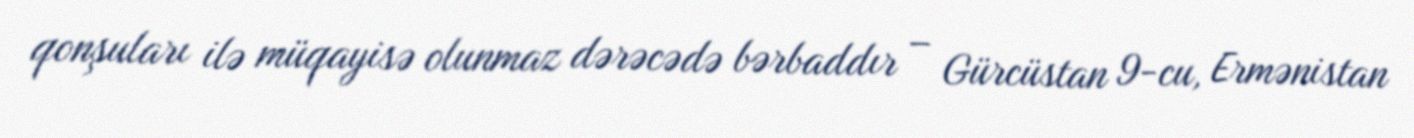
qonşuları ilə müqayisə olunmaz dərəcədə bərbaddır – Gürcüstan 9-cu, Ermənistan